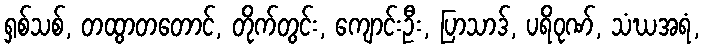
ရှစ်သစ်, တထွာတတောင်, တိုက်တွင်း, ကျောင်းဦး, ပြာသာဒ်, ပရိဝုဏ်, သံဃအရံ,